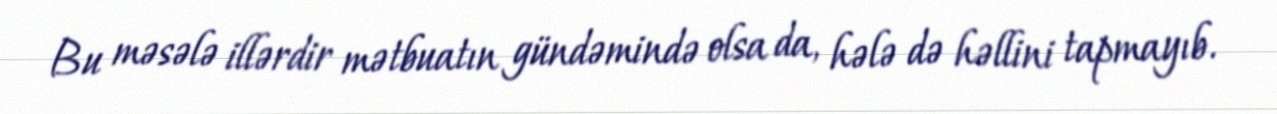
Bu məsələ illərdir mətbuatın gündəmində olsa da, hələ də həllini tapmayıb.